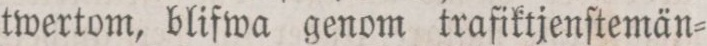
twertom, blifwa genom trafiktjenſtemän=